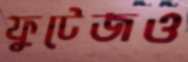
ফুটেজও